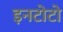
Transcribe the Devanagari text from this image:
इनटोटो